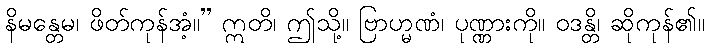
နိမန္တေမ၊ ဖိတ်ကုန်အံ့။” ဣတိ၊ ဤသို့။ ဗြာဟ္မဏံ၊ ပုဏ္ဏားကို။ ဝဒန္တိ၊ ဆိုကုန်၏။